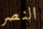
النصر